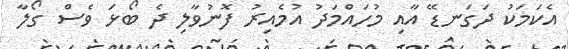
އެކަމަކު ދަގަނޑޭ އާއި މުހައްމަދު އުމެއިރު ފޮނުވާލި ދެ ބޯޅަ ވެސް ގޯލާ